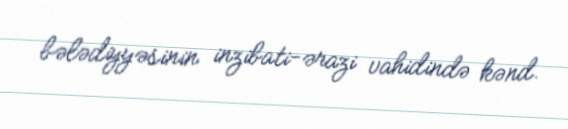
bələdiyyəsinin inzibati-ərazi vahidində kənd.